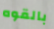
بالقوه